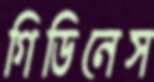
গিডিনেস